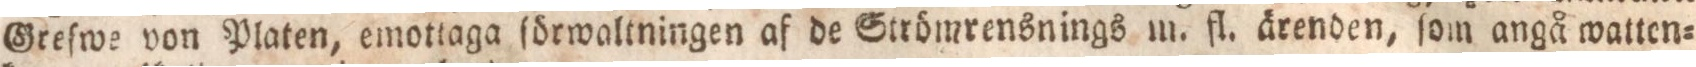
Greſwe von Platen, emottaga förwaltningen af de Strömrensnings m. fl. ärenden, ſom angå watten=